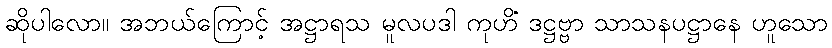
ဆိုပါလော။ အဘယ်ကြောင့် အဋ္ဌာရသ မူလပဒါ ကုဟိံ ဒဋ္ဌဗ္ဗာ သာသနပဋ္ဌာနေ ဟူသော